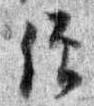
僧